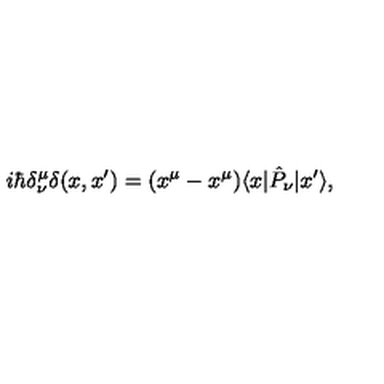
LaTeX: i \hbar \delta _ { \nu } ^ { \mu } \delta ( x , x ^ { \prime } ) = ( x ^ { \mu } - x ^ { \mu } ) \langle x | \hat { P } _ { \nu } | x ^ { \prime } \rangle ,